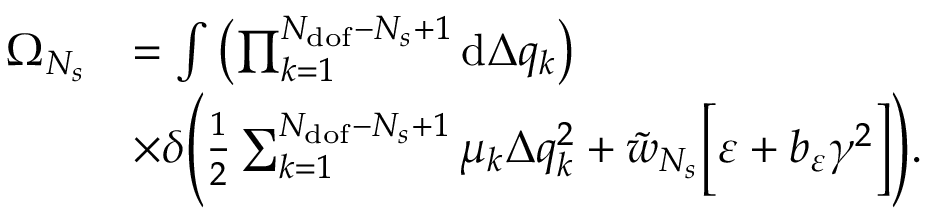
\begin{array} { r l } { \Omega _ { N _ { s } } } & { = \int { \left( \prod _ { k = 1 } ^ { N _ { \mathrm { d o f } } - N _ { s } + 1 } { \mathrm { d } \Delta q _ { k } } \right) } } \\ & { \times \delta \Bigg ( \frac { 1 } { 2 } \sum _ { k = 1 } ^ { N _ { \mathrm { d o f } } - N _ { s } + 1 } { \mu _ { k } \Delta q _ { k } ^ { 2 } } + \tilde { w } _ { N _ { s } } \Big [ \varepsilon + b _ { \varepsilon } \gamma ^ { 2 } \Big ] \Bigg ) . } \end{array}